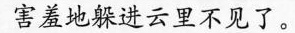
害羞地躲进云里不见了。